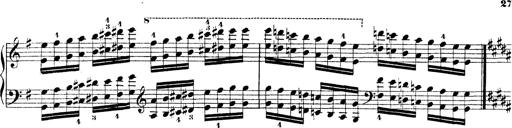
Title: Technische Studien
Composer: Franz Liszt